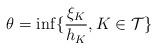
LaTeX: \begin{align*}{\ \theta = \inf \{ \frac{\xi_K}{h_K}, K \in {\cal{T}} \} }\end{align*}